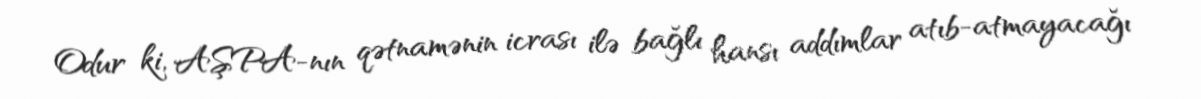
Odur ki, AŞPA-nın qətnamənin icrası ilə bağlı hansı addımlar atıb-atmayacağı